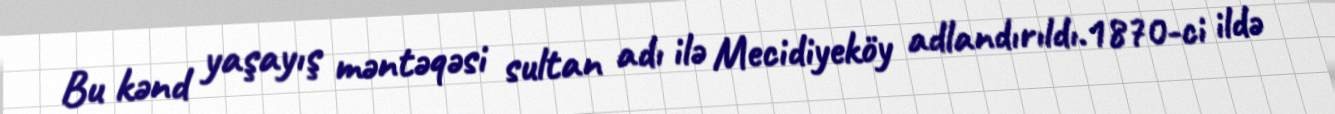
Bu kənd yaşayış məntəqəsi sultan adı ilə Mecidiyeköy adlandırıldı.1870-ci ildə